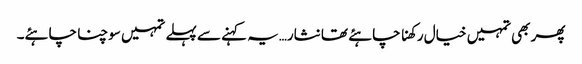
پھر بھی تمہیں خیال رکھنا چاہئے تھا نثار…یہ کہنے سے پہلے تمہیں سوچنا چاہئے۔